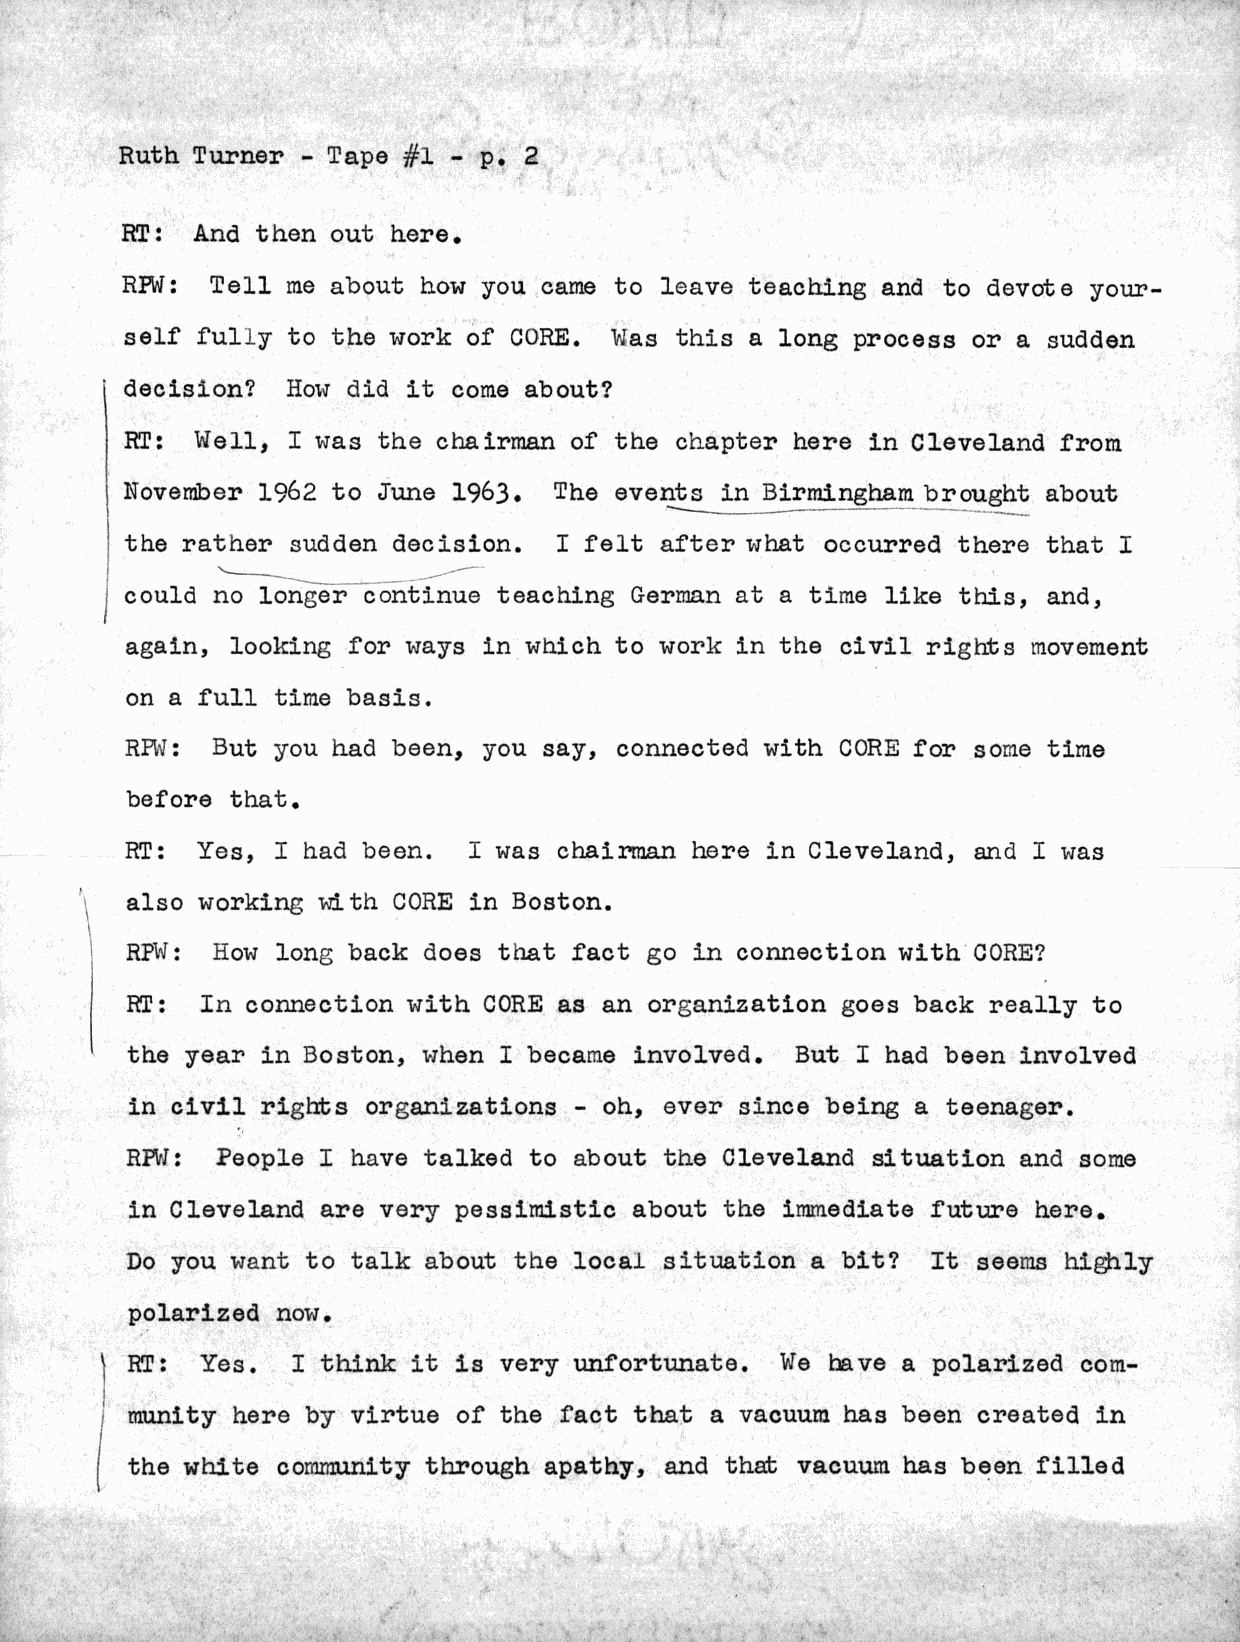
Ruth Turner - Tape #1 - p. 2
 RT:  And then out here.
 RPWI: Tell me about how you came to leave teaching and to devote your-
 self fully to the work of CORE. ?,Uas this a long process or a sudden
 decision?  HowS did it come about?
 RT:  Well, I was the chairman of the chapter here in Cleveland from
 November 1962 to June 1963.  The events in Birmingham brought about
 the rather sudden decision.  I felt after what occurred there that I
 could no longer continue teaching German at a time like this, and,
 again, looking for ways in which to work in the civil rights movement
 on a full time basis.
 RPW",: But you had been, you say, connected with CORE for some time
 before that.
 RT:  Yes, I had been.  I was chairman here in Cleveland, and I was
 also working  ith CORE in Boston.
 RPW:  How long back does that fact go in connection with CORE?
 RT:  In connection with CORE as an organization goes back really to
 the year in Boston, when I became involved.  But I had been involved
 in civil rights organizations - oh, ever since being a teenager.
 RPd,1: People I have talked to about the Cleveland situation and some
 in Cleveland are very pessimistic about the immediate future here.
 Do you want to talk about the local situation a bit?  It seers highly
 polarized now.
 RT: Yes.  I think it is very unfortunate.  We have a polarized com-
 munity here by virtue of the fact that a vacuum has been created in
 the white cormunity through apathy, and that vacuum has been filled
 *           &
 4        .*